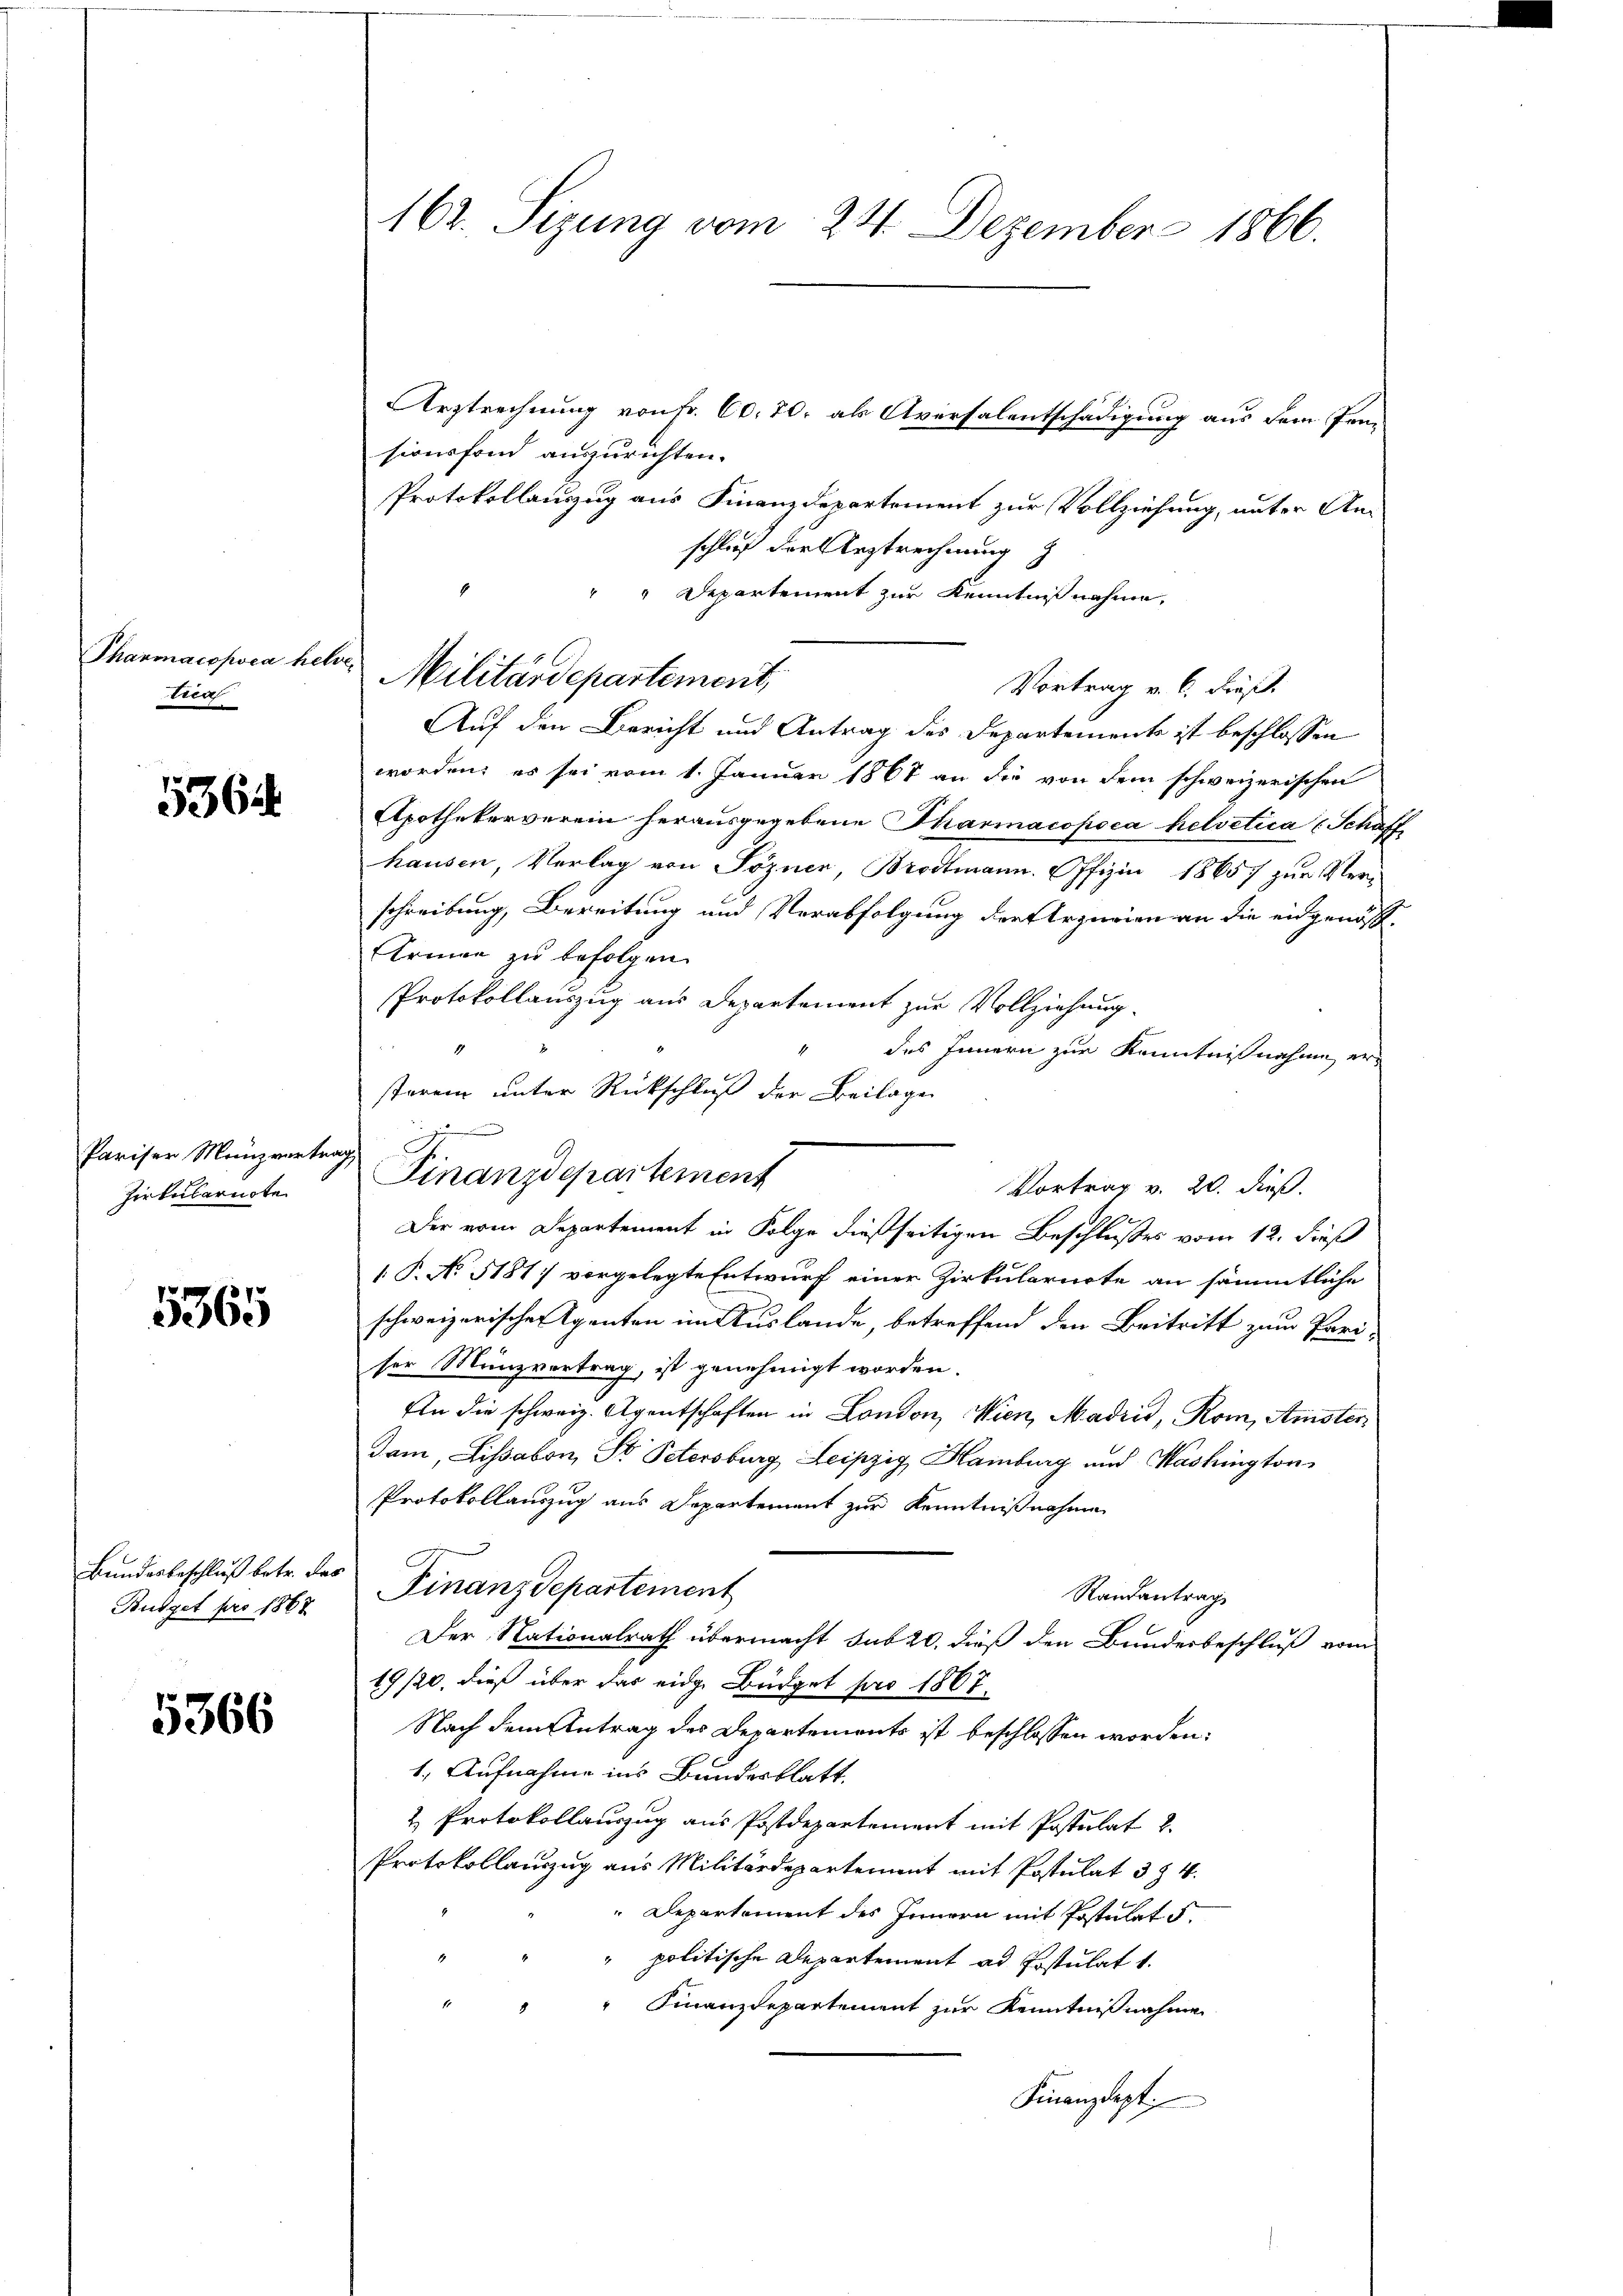
Tharmacopoea helve
tiea

5364

Pariser Menzvertragt.
Zirkularnote

5365

Bundesbeschluß betr. das

5366

162. Sizung vom 24. Dezember 1866.

Arztrechnung von Fr. 60. 70, als Aversalentschädigung aus dem Prosionsfond auszurichten.
Protokollauszug aus Finanzdepartement zur Vollziehung, unter Anschließ der Arztrechnung
Departement zur Kenntniß nahme,
Vortrag v. 6. dieß.
Auf den Bericht und Antrag des Departements ist beschlossen
worden; es sei vom 1. Januar 1861 an die von dem schweizerischen
Apothekerverein herausgegebene Tharmacopoea helvetica (Schaff
hausen, Verlag von Sozner, Brodtmann. Offizin 18657 zur Verschreibung, Bereitung und Verabfolgung der Verzurien an die eidgenös¬
Armen zu befolgen.
Protokollauszug aus Departement zur Vollziehung.
1
des Innern zur Kenntnißnahme erstorem unter Rückschluß der Beilage
Vortrag v. 20. dieß.
Der vom Departement in Folge dießseitigen Beschlußes vom 12. dieß
1 P. No 5187 vorgelegte Entwurf einer Zirkularacte an sämmtliche
schweizerischen Agenten im Auslande, betreffend den Beitritt zum Pari-
ser Münzvertrag, ist genehmigt worden.
An die schweiz. Agentschaften in London, Wien, Madrid, Rom, Amster
dam, Lissabon, St. Petersburg, Leipzig Hamburg und Washington
Protokollauszug aus Departement zur Kenntnißnahme
Randantrag
Budget pro 1867 Finanzdepartement
Der Nationalrath übermacht sub 20. dieß den Bundesbeschluß vom
19/20. dieß über das eidg. Büdget pro 1867.
Nach dem Antrag des Departements ist beschlossen worden:
1. Aufnahme ins Bundesblatt
& Protokollauszug aus Postdepartement mit Postulat 2.
Protokollauszug aus Militärdepartement mit Postulat 3 § 4.
Departement des Innern mit Postulat 5.
" politische Departement ad Postulat 1.
" Finanzdepartement zur Kenntnißnahme
Finanzdept

Militärdepartement,

Finanzdepartement